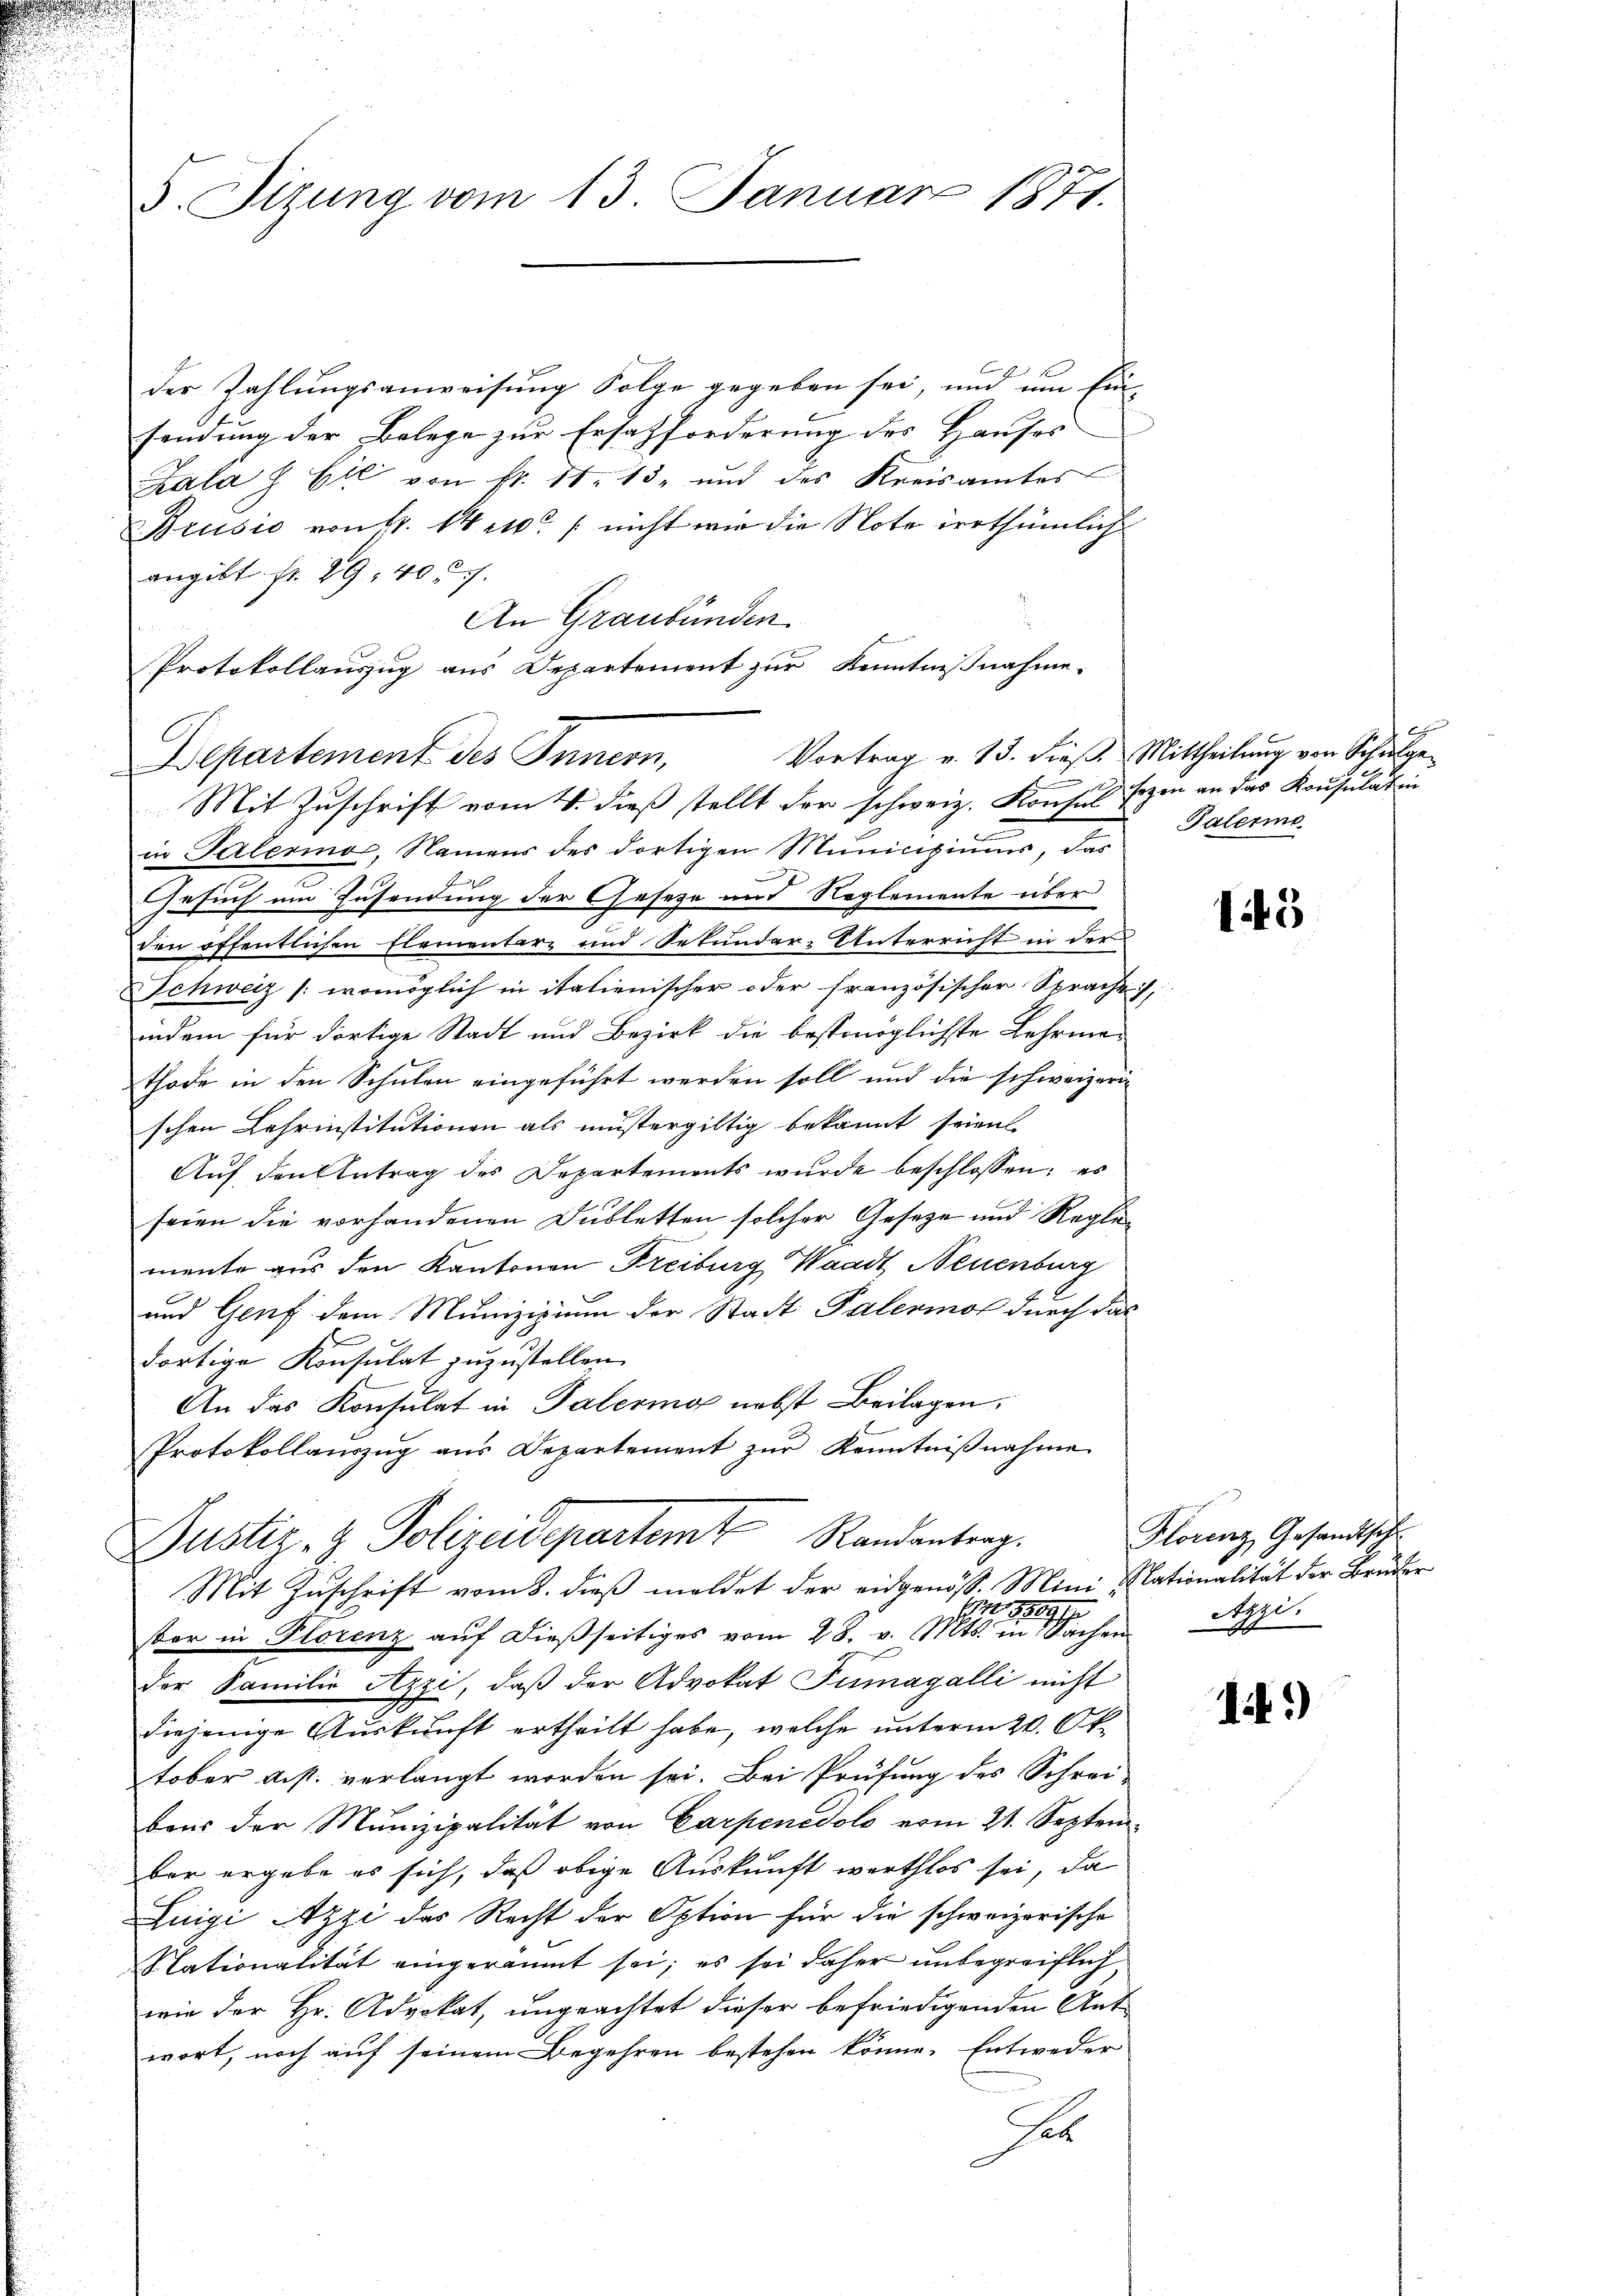
5. Sitzung vom 13. Januar 1871.

der Zahlungsanweisung Folge gegeben sei, und um Ein-
sendung der Belege zur Ersatzforderung des Hauses
Kalas Eil von fr. 11. 13. und des Kreisamtes
Brusio von 6. 14 et / nicht wir die Note irrthümlich
angibt fr. 29. 407.
An Graubünden.
s
Protokollauszug aus Departement zur Kenntnißnahme.
Departement des Innern,
in Palermor, Namens des dortigen Municipiums, das
Gesuch um Zusendung der Geseze und Reglemente über
den öffentlichen Elementarz und Sekunder-Unterricht in der
Schweiz /: womöglich in italienischer oder französischer Sprache,
indem für dortige Stadt und Bezirk die bestmöglichste Lehrmathode in den Schulen eingeführt werden soll und die schweizeri
schen Lehrinstitutionen als mustergiltig bekannt seien
Auf den Antrag des Departements wurde beschlossen; es
seien die vorhandenen Dubletten solcher Geseze und Reglemente aus den Kantonen Freiburg Waadt, Neuenburg
und Genf dem Munizipium der Stadt Palermor durch das
dortige Konsulat zuzustellen.
An das Konsulat in Palering nebst Beilagen,
Protokollauszug aus Departement zŭr Kenntniβnahme
Justiz- & Polizeidepartemt Randantrag.
Mit Zuschrift vom 8. dieß meldet der eidgenöss. Mini Nationalität der Bruder
 91
ser in Plorenz aŭf dießseitiges vom 28. v. Mts. in Sachen
der Familie Appi, daß der Advokat Tumagalli nicht
diejenige Auskunft ertheilt habe, welche unterm 20. Oktober dist. verlangt worden sei. Bei Prüfung des Schrei-
baus der Munizipalität von Carpenedolo vom 21. September ergebe es sich, daß obige Auskunft werthlos sei, da
Luigi Azzi das Recht der Option für die schweizerische
Nationalität eingeräumt sei; es sei daher unbegreiflich
wie der Hr. Advokat, ungeachtet dieser befriedigenden Antwort, noch auf seinem Begehren bestehen könne. Entweder
se

Mit Zuschrift vom 4. dieß stellt der schweiz. Konsul sezen an das Konsulat in

Vortrag v. 13. dieß. Mittheilung von Schulge¬
Palerme

143

Florenz, Gesandtsche
Azzi.

19)